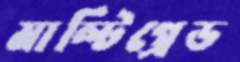
মাল্টিগ্রেড